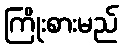
ကြိုးစားမည်